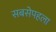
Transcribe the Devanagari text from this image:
सबसेपहला